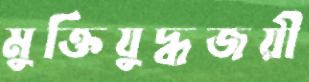
মুক্তিযুদ্ধজয়ী